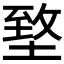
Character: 𡍶